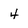
Character: 4